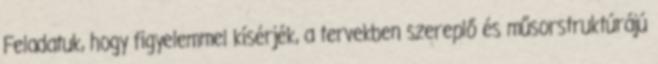
Feladatuk, hogy figyelemmel kísérjék, a tervekben szereplő és műsorstruktúrájú